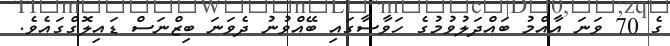
ގެ 70 ވަނަ އާއްމު ބައްދަލުވުމުގެ ހަވާސާގައި ބޭއްވުނު ދެވަނަ ބިޒްނަސް ޑައިލޮގްގައެވެ.